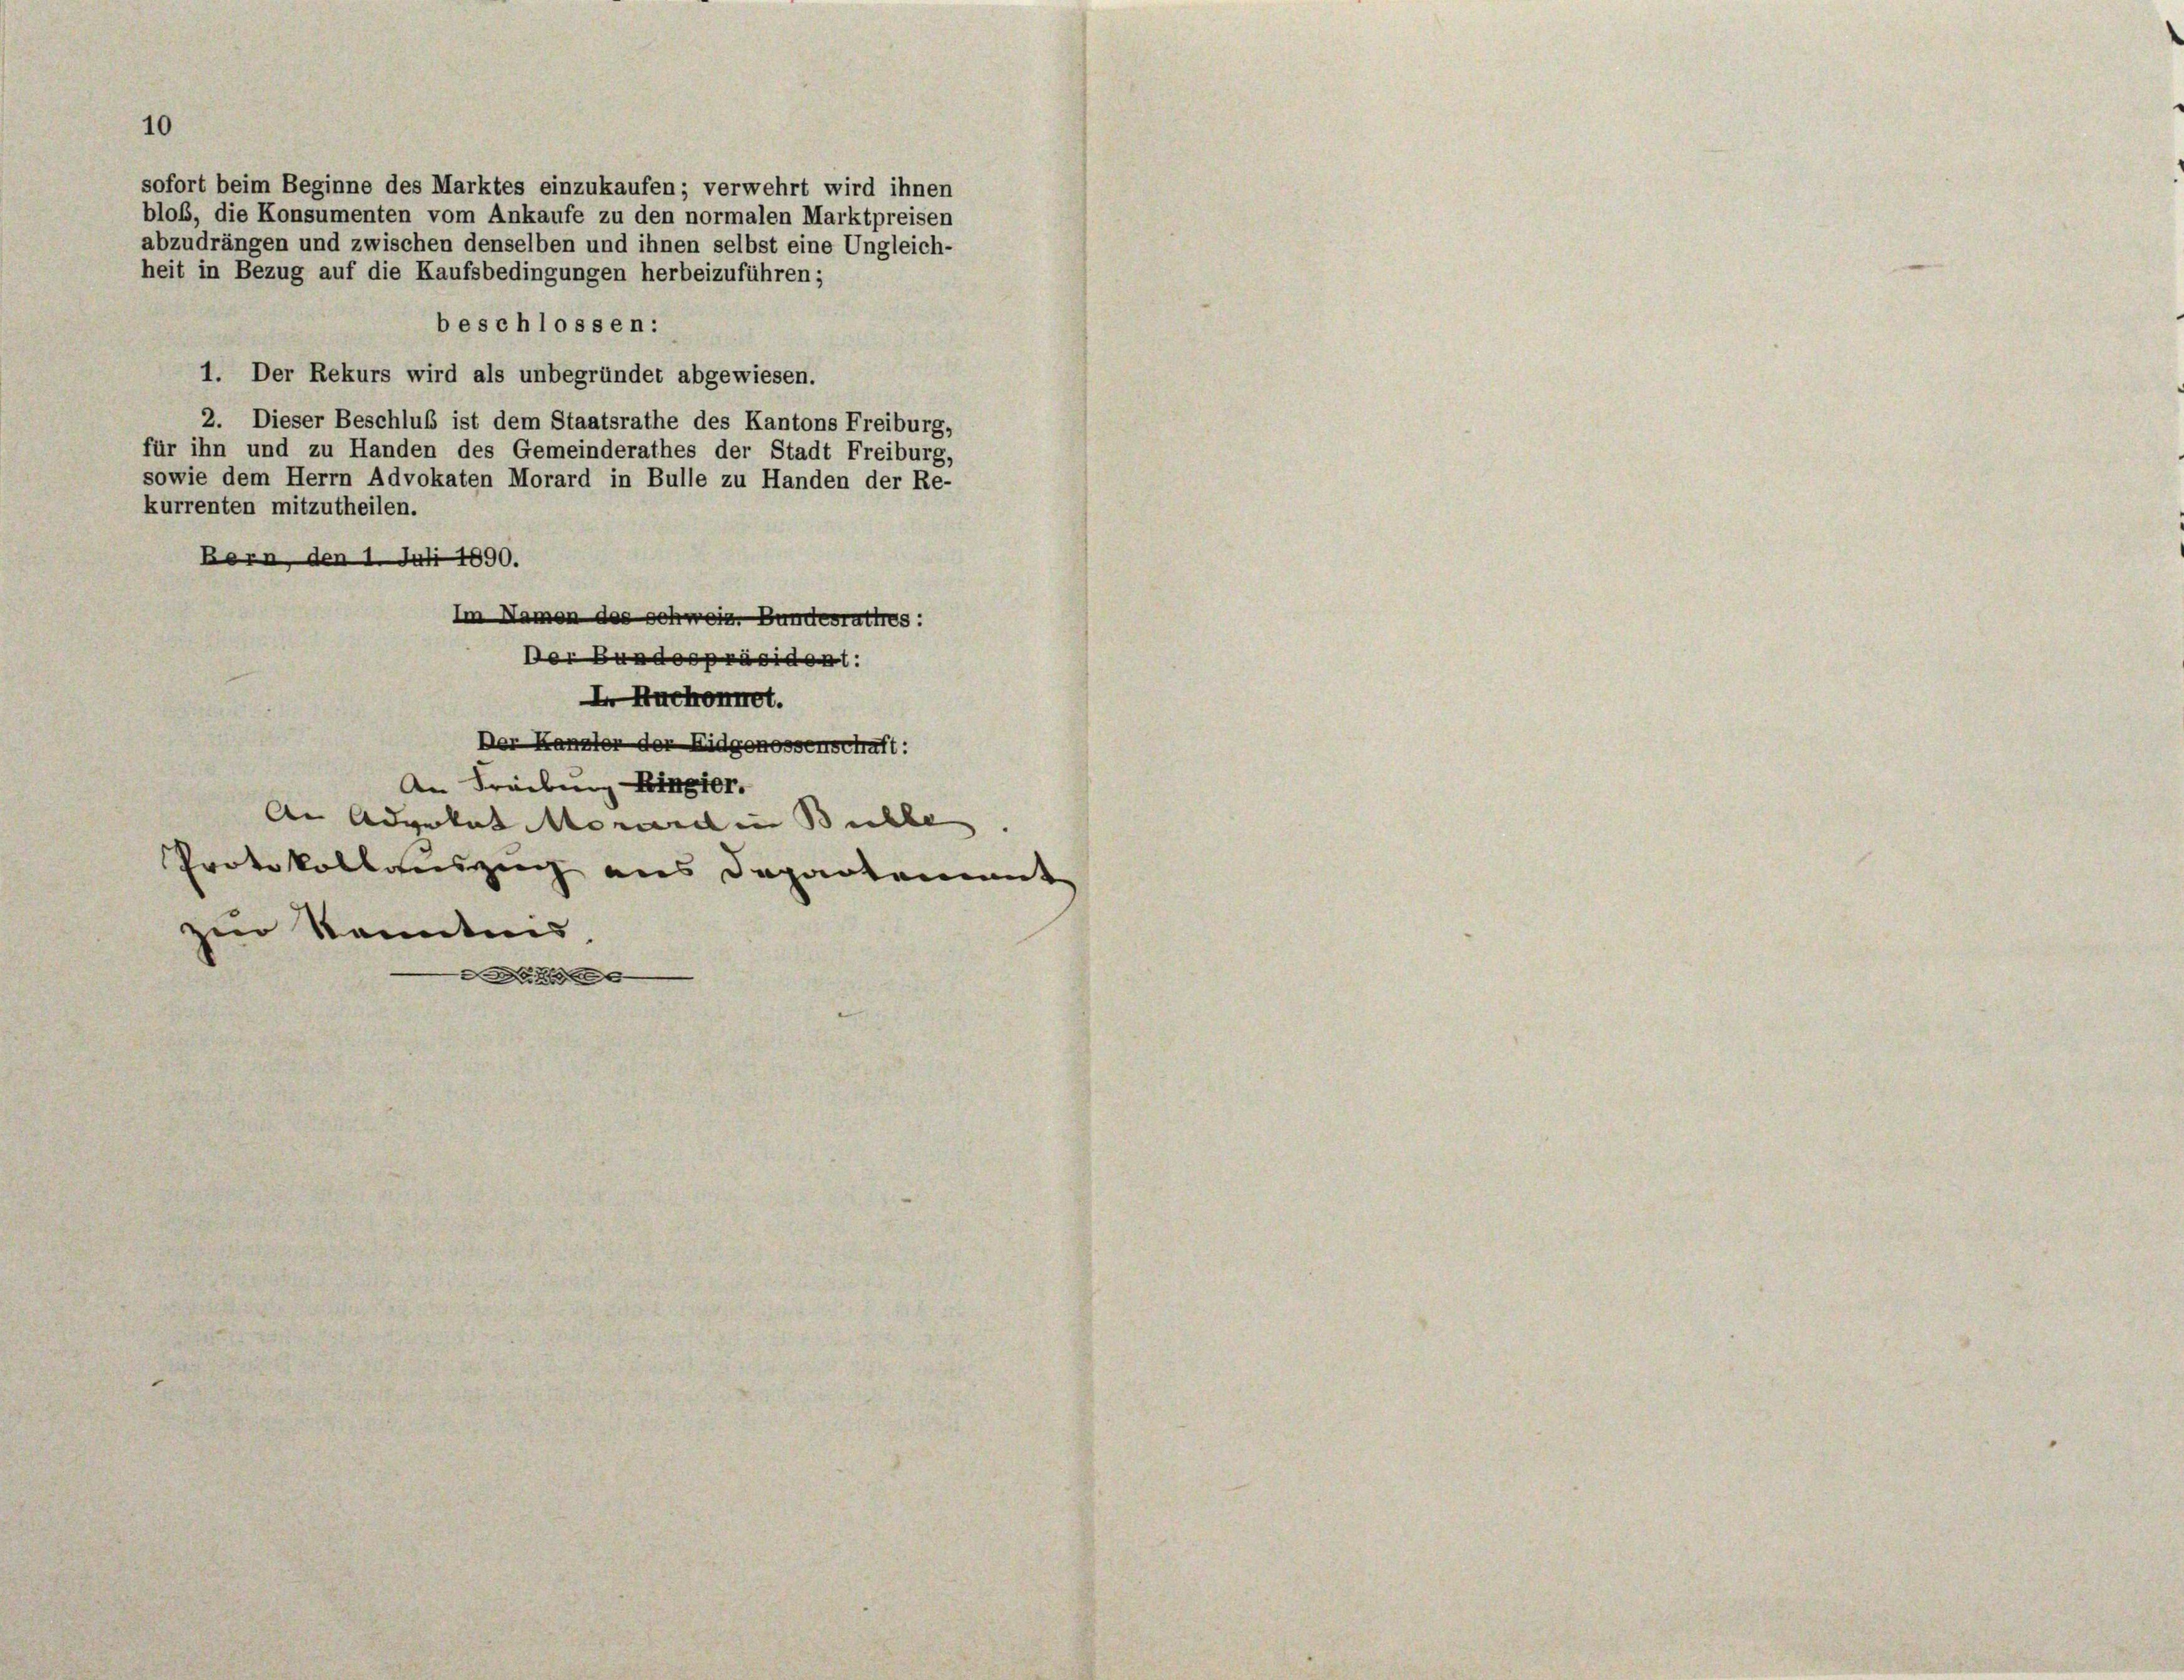
10

sofort beim Beginne des Marktes einzukaufen; verwehrt wird ihnen
bloß, die Konsumenten vom Ankaufe zu den normalen Marktpreisen
abzudrängen und zwischen denselben und ihnen selbst eine Ungleich-
heit in Bezug auf die Kaufsbedingungen herbeizuführen;
beschlossen:
1. Der Rekurs wird als unbegründet abgewiesen.
¬
2. Dieser Beschluß ist dem Staatsrathe des Kantons Freiburg,
für ihn und zu Handen des Gemeinderathes der Stadt Freiburg,
sowie dem Herrn Advokaten Morard in Bulle zu Handen der Re-
kurrenten mitzutheilen.
Bern, den 1. Juli 1890.
Im Namen des Schweiz. Bundesrattres:
Der Bundespräsident:
I Huctromrot.
Der Kanzler der Eidgenossenschaft:
An Freibung Binger.
An Advokat Monard in Buchbe
Protokollauszug aus Departement
zur Kenntnis.